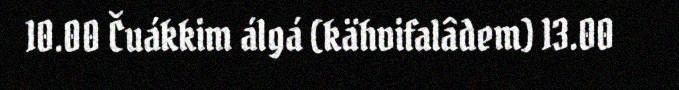
10.00 Čuákkim álgá (kähvifalâdem) 13.00